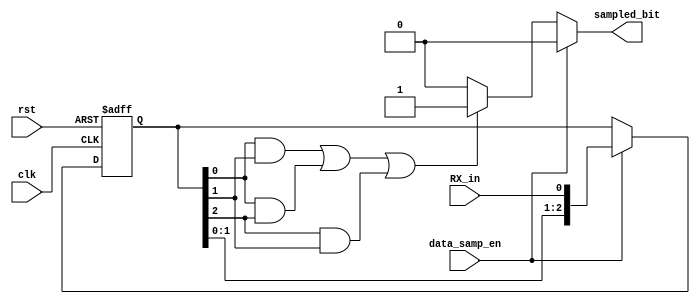
module Data_Sampling (

    input  wire                    RX_in   ,

    input  wire                    clk     ,

    input  wire                    rst     ,

    input  wire                    data_samp_en,

    output reg                     sampled_bit



);

reg [2:0] bits;



always @(posedge clk or negedge rst) begin

    if (!rst) begin

        bits<='b0;


    end else if (data_samp_en) begin

        bits<={bits[1:0],RX_in};


    end else begin

        bits<=bits;


    end

end



always @(*) begin

    if (!data_samp_en) begin

        if ((bits[0] & bits[1])||(bits[0] & bits[2])||(bits[2] & bits[1])) begin

            sampled_bit=1'b1;

        end else begin

            sampled_bit=1'b0;

        end

    end else begin

        sampled_bit=1'b0;

    end

end



    

endmodule